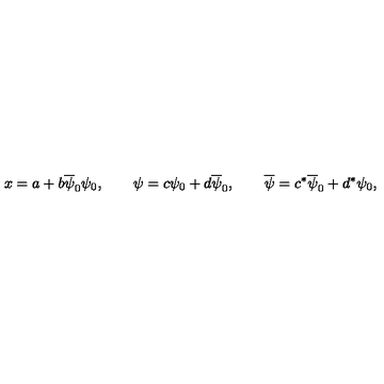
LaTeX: x = a + b \overline { { \psi } } _ { 0 } \psi _ { 0 } , \qquad \psi = c \psi _ { 0 } + d \overline { { \psi } } _ { 0 } , \qquad \overline { { \psi } } = c ^ { * } \overline { { \psi } } _ { 0 } + d ^ { * } \psi _ { 0 } ,